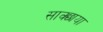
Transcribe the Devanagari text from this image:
साक्छाया